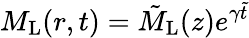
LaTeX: M_{\mathrm{L}}(r,t)=\tilde{M}_{\mathrm{L}}(z)e^{\gamma\tilde{t}}